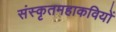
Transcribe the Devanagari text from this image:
संस्कृतमहाकवियों